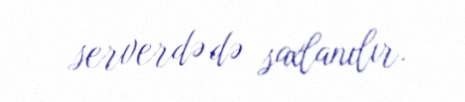
serverdə də saxlanılır.